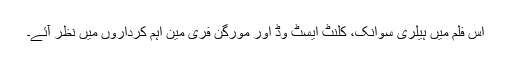
اس فلم میں ہیلری سوانک، کلنٹ ایسٹ وڈ اور مورگن فری مین اہم کرداروں میں نظر آئے۔